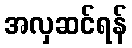
အလှဆင်ရန်